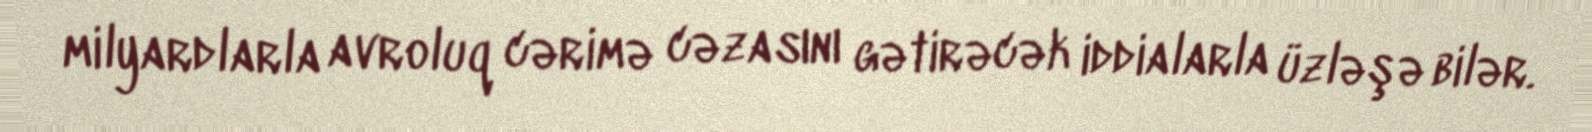
milyardlarla avroluq cərimə cəzasını gətirəcək iddialarla üzləşə bilər.